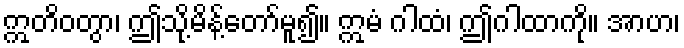
ဣတိဝတွာ၊ ဤသို့မိန့်တော်မူ၍။ ဣမံ ဂါထံ၊ ဤဂါထာကို။ အာဟ၊